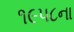
૧૯૫૮ના